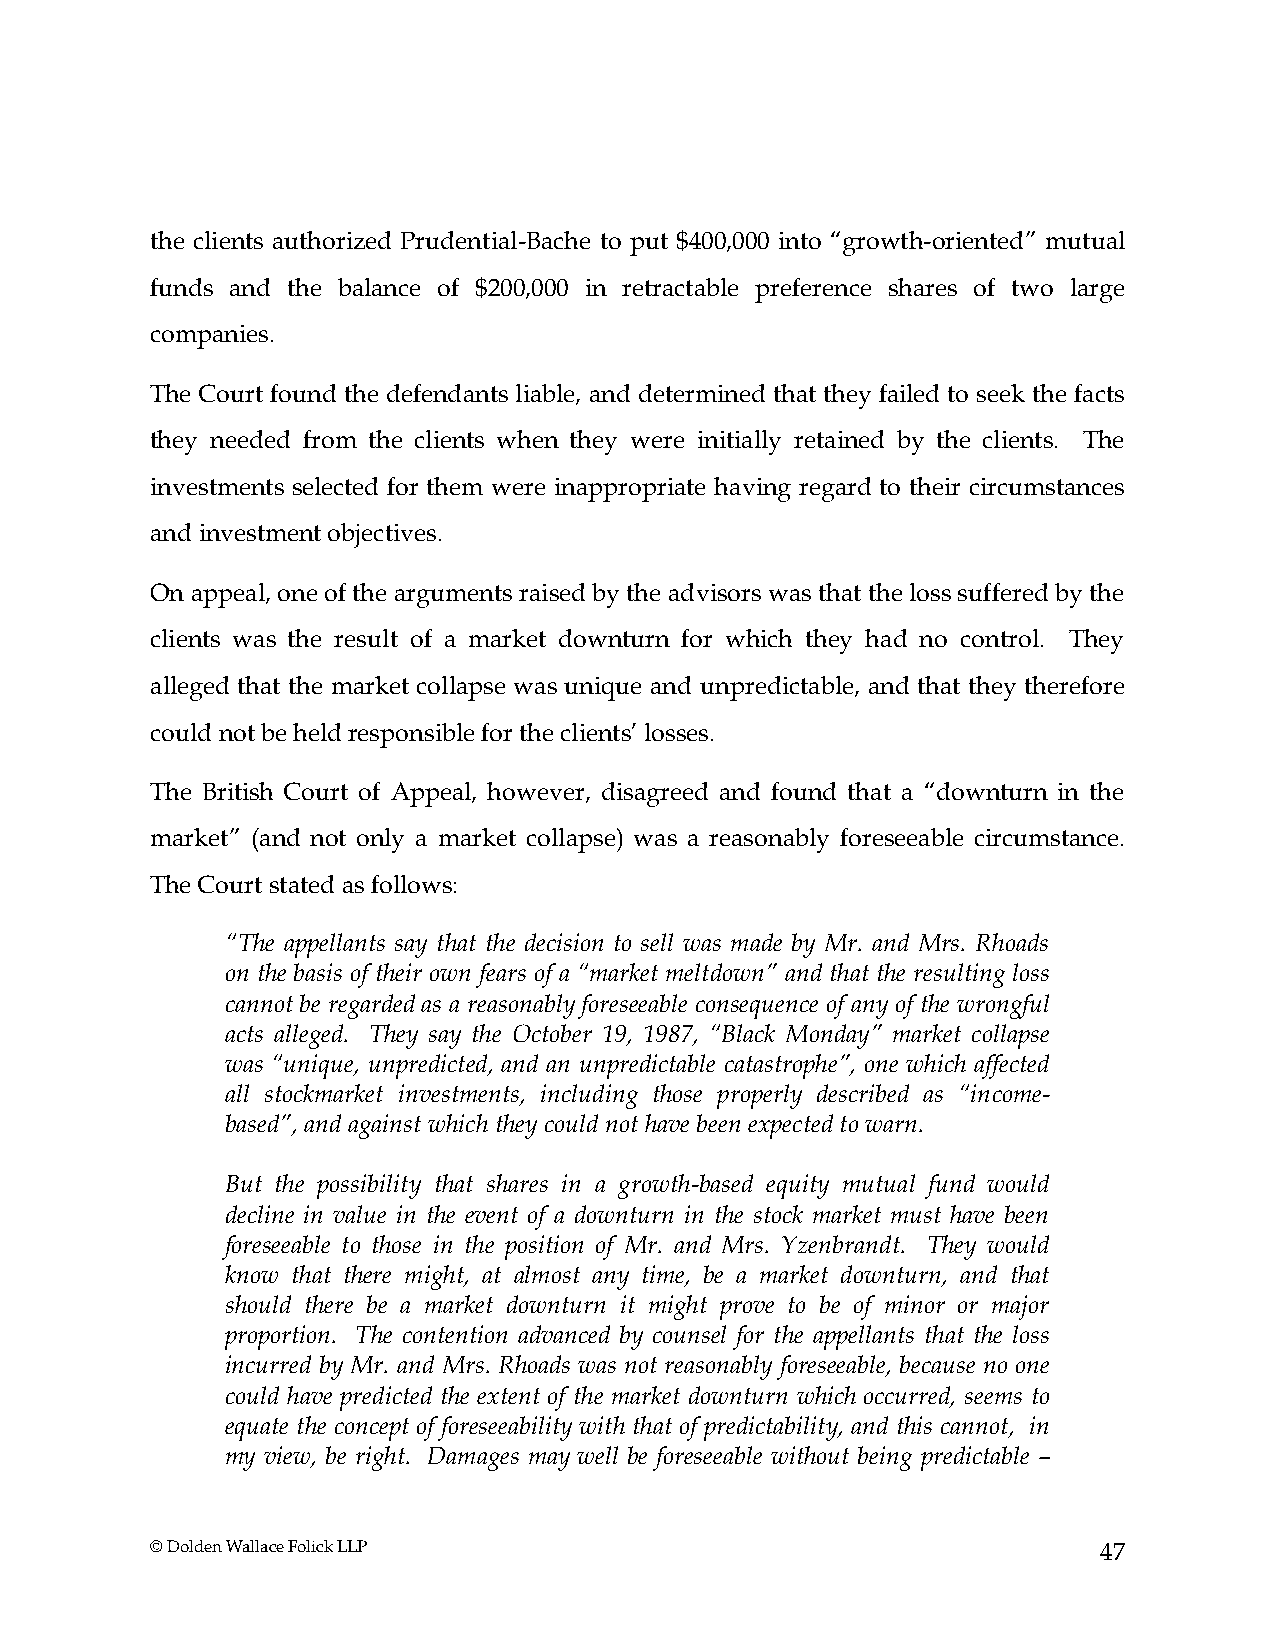
the clients authorized Prudential-Bache to put $400,000 into “growth-oriented” mutual
 funds and the balance of $200,000 in retractable preference shares of two large
 companies.
 The Court found the defendants liable, and determined that they failed to seek the facts
 they needed from the clients when they were initially retained by the clients. The
 investments selected for them were inappropriate having regard to their circumstances
 and investment objectives.
 On appeal, one of the arguments raised by the advisors was that the loss suffered by the
 clients was the result of a market downturn for which they had no control. They
 alleged that the market collapse was unique and unpredictable, and that they therefore
 could not be held responsible for the clients’ losses.
 The British Court of Appeal, however, disagreed and found that a “downturn in the
 market” (and not only a market collapse) was a reasonably foreseeable circumstance.
 The Court stated as follows:
 “The appellants say that the decision to sell was made by Mr. and Mrs. Rhoads
 on the basis of their own fears of a “market meltdown” and that the resulting loss
 cannot be regarded as a reasonably foreseeable consequence of any of the wrongful
 acts alleged. They say the October 19, 1987, “Black Monday” market collapse
 was “unique, unpredicted, and an unpredictable catastrophe”, one which affected
 all stockmarket investments, including those properly described as “income-
 based”, and against which they could not have been expected to warn.
 But the possibility that shares in a growth-based equity mutual fund would
 decline in value in the event of a downturn in the stock market must have been
 foreseeable to those in the position of Mr. and Mrs. Yzenbrandt. They would
 know that there might, at almost any time, be a market downturn, and that
 should there be a market downturn it might prove to be of minor or major
 proportion. The contention advanced by counsel for the appellants that the loss
 incurred by Mr. and Mrs. Rhoads was not reasonably foreseeable, because no one
 could have predicted the extent of the market downturn which occurred, seems to
 equate the concept of foreseeability with that of predictability, and this cannot, in
 my view, be right. Damages may well be foreseeable without being predictable –
 © Dolden Wallace Folick LLP                                    47